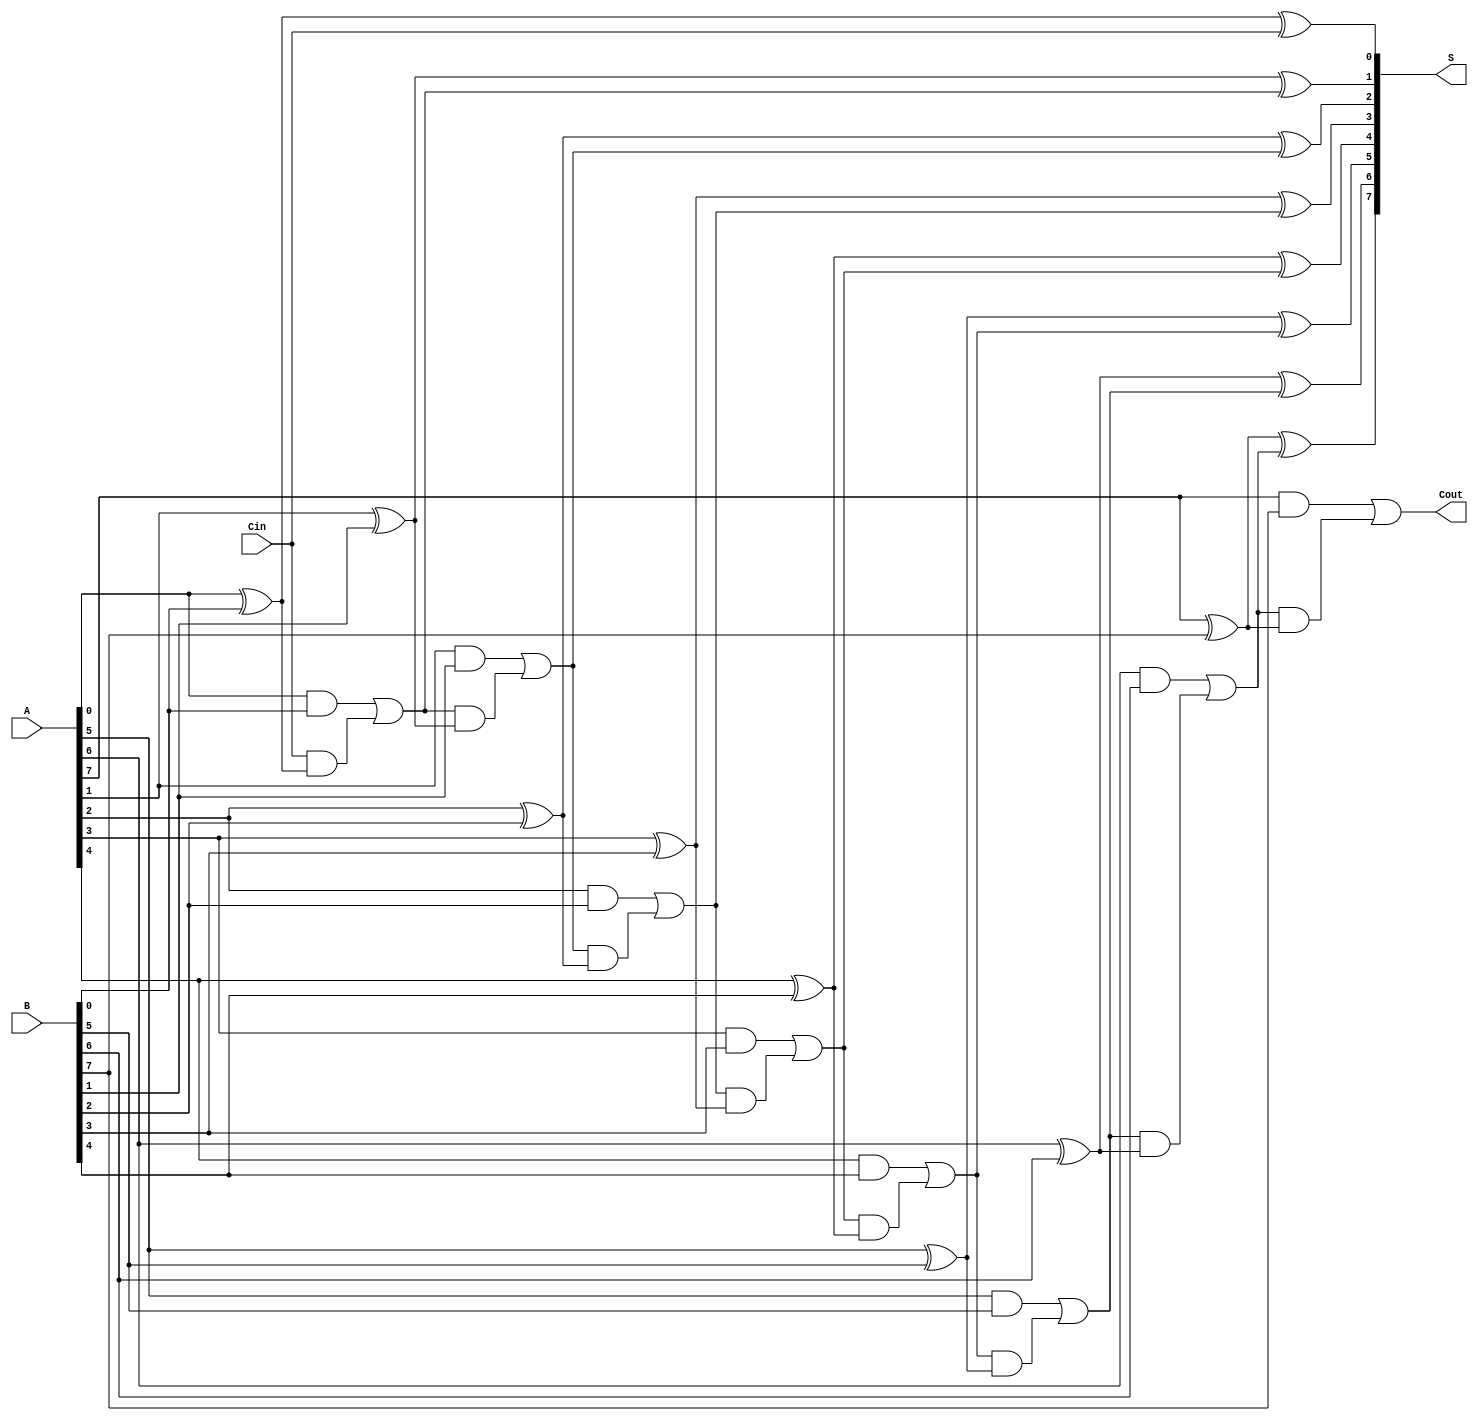
module PrecomputationCarryAdder #(parameter n = 8) (
    input [n-1:0] A,      // n-bit input A
    input [n-1:0] B,      // n-bit input B
    input Cin,            // Carry-in
    output [n-1:0] S,     // n-bit sum output
    output Cout           // Carry-out
);

    wire [n:0] C;         // Carry array, C[0] is Cin, C[n] is Cout
    wire [n-1:0] G;       // Generate signals
    wire [n-1:0] P;       // Propagate signals

    // Generate and propagate signals
    genvar i;
    generate
        for (i = 0; i < n; i = i + 1) begin : generate_logic
            assign G[i] = A[i] & B[i];           // Generate: G[i] = A[i] AND B[i]
            assign P[i] = A[i] ^ B[i];           // Propagate: P[i] = A[i] XOR B[i]
        end
    endgenerate

    // Carry generation logic
    assign C[0] = Cin; // Carry-in
    generate
        for (i = 0; i < n; i = i + 1) begin : carry_logic
            assign C[i+1] = G[i] | (C[i] & P[i]); // C[i+1] = G[i] OR (C[i] AND P[i])
        end
    endgenerate

    // Sum calculation
    generate
        for (i = 0; i < n; i = i + 1) begin : sum_logic
            assign S[i] = P[i] ^ C[i]; // S[i] = P[i] XOR C[i]
        end
    endgenerate

    // Final carry-out
    assign Cout = C[n]; // Carry-out from the most significant bit

endmodule